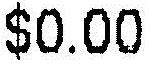
$0.00